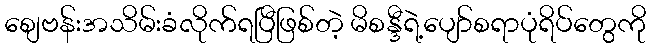
စျေဗန်းအသိမ်းခံလိုက်ရပြီဖြစ်တဲ့ မိစန္ဒီရဲ့ပျော်စရာပုံရိပ်တွေကို